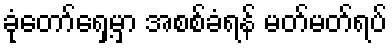
ခုံတော်ရှေ့မှာ အစစ်ခံရန် မတ်မတ်ရပ်